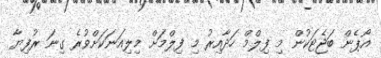
އޯޕެން ބަޖެޓަކުން މި ފިލްމް ހަދާއިރު މި ފިލްމަށް މިލިއަނަކަށްވުރެ ގިނަ ރުފިޔާ